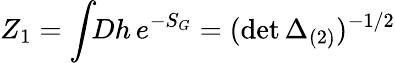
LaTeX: Z_{1}=\int\! \! Dh\, e^{-S_{G}}=(\operatorname*{det}\Delta_{(2)})^{-1/2}